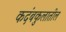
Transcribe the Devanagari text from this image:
कदंबकुलातील